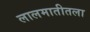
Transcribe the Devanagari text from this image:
लालमातीतला